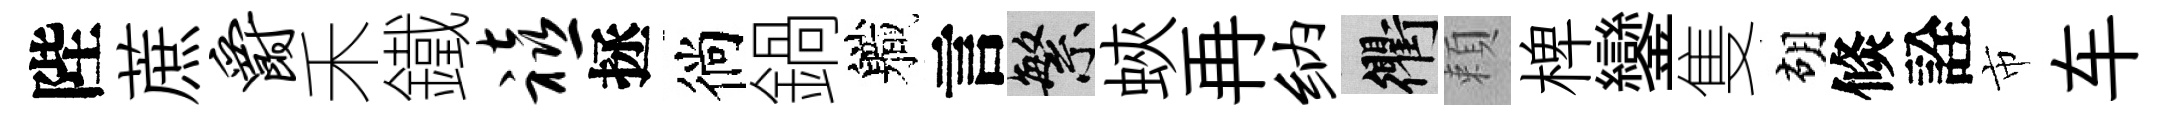
陛蔗爵禾鐵禧拯徜鍋軄言繁蛺再纳衢頼椑鑾隻胡倐詮市车